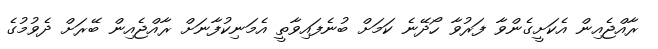
ރާއްޖެއިން އެކަށީގެންވާ ފަރުވާ ހޯދޭނެ ކަމަށް ބުނެފައިވާތީ އެމަނިކުފާނަށް ރާއްޖެއިން ބޭރަށް ދެވުމުގެ